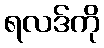
ရလဒ်ကို